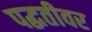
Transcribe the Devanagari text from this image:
पद्घतीवर